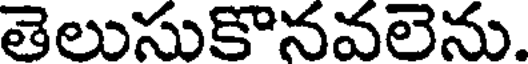
తెలుసుకొనవలెను.